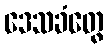
ဒေသခံတွေ